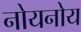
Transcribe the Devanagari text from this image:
नोयनोय